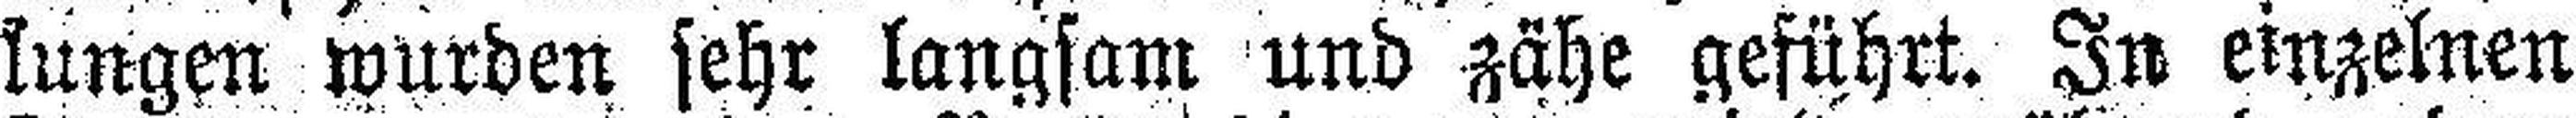
lungen wurden sehr langsam und zähe geführt. In einzelnen